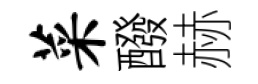
菜醱赫